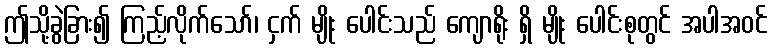
ဤသို့ခွဲခြား၍ ကြည့်လိုက်သော်၊ ငှက် မျိုး ပေါင်းသည် ကျောရိုး ရှိ မျိုး ပေါင်းစုတွင် အပါအဝင်